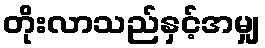
တိုးလာသည်နှင့်အမျှ